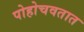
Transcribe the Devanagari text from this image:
पोहोचवतात